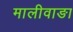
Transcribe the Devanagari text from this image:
मालीवाङा